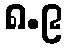
၈.၉